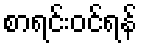
စာရင်းဝင်ရန်